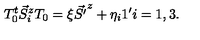
T _ { 0 } ^ { t } \vec { S } _ { i } ^ { z } T _ { 0 } = \xi \vec { S ^ { \prime } } ^ { z } + \eta _ { i } 1 ^ { \prime } i = 1 , 3 .